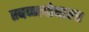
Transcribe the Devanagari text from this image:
स्वप्नदोषाला